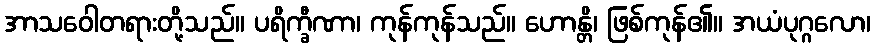
အာသဝေါတရားတို့သည်။ ပရိက္ခီဏာ၊ ကုန်ကုန်သည်။ ဟောန္တိ၊ ဖြစ်ကုန်၏။ အယံပုဂ္ဂလော၊